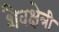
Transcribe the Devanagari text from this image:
शैवक्षेत्री